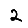
Digit: 2